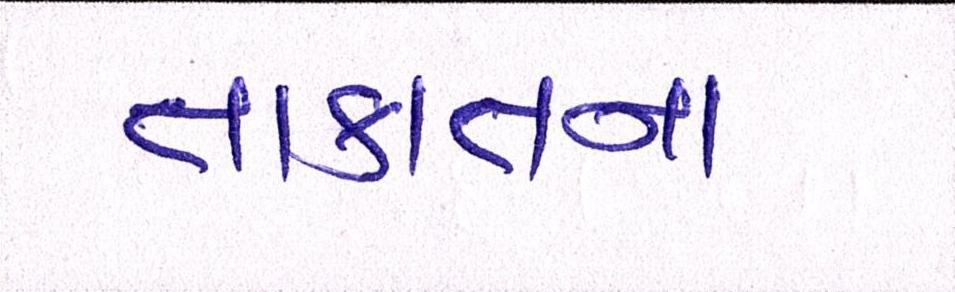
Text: તાકાતના